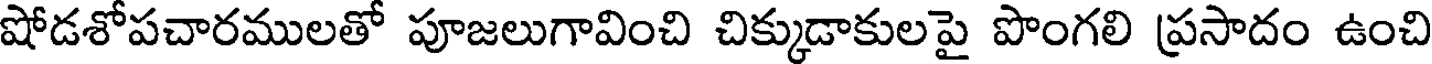
షోడశోపచారములతో పూజలుగావించి చిక్కుడాకులపై పొంగలి ప్రసాదం ఉంచి